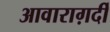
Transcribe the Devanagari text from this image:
आवाराग़र्दी